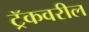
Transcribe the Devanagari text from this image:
ट्रॅकवरील